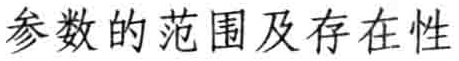
参数的范围及存在性